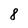
Character: 8